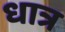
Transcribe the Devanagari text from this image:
धात्र